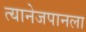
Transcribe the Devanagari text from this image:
त्यानेजपानला